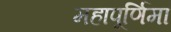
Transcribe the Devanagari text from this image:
महापूर्णिमा